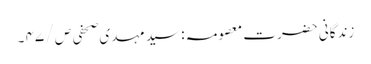
زندگانی حضرت معصومہ : سید مہدی صحفی ص / ۴۷ ۔